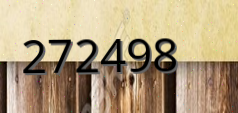
272498